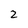
Character: 2